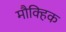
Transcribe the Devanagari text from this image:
मौक्हिक